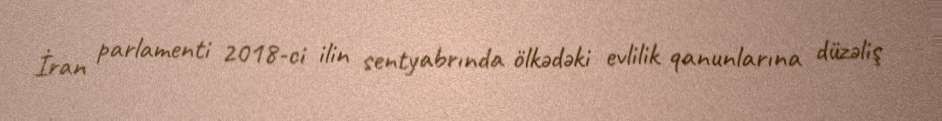
İran parlamenti 2018-ci ilin sentyabrında ölkədəki evlilik qanunlarına düzəliş